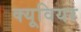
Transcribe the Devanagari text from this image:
क्यूवियर